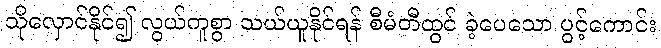
သိုလှောင်နိုင်၍ လွယ်ကူစွာ သယ်ယူနိုင်ရန် စီမံတီထွင် ခဲ့ပေသော ပွင့်ကောင်း